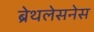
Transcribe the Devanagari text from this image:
ब्रेथलेसनेस